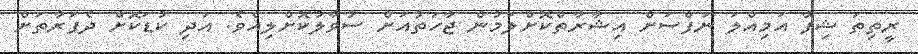
ރީތިތަ ޝިފާ އަމިއްލަ ނަފްސަށް އިޝާރާތްކޮށްލަމުން ޖާހަތުއަށް ސުވާލުކޮށްލިއެވެ. އަދި ކުޑަކޮށް ދެފަރާތަށް